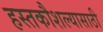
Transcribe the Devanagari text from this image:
हस्तकौशल्यासाठी